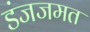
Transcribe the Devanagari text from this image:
डंजजमत